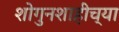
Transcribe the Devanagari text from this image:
शोगुनशाहीच्या